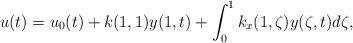
LaTeX: \begin{align*}u(t)=u_0(t)+k(1,1)y(1,t)+\int_0^1k_x(1,\zeta)y(\zeta,t)d\zeta,\end{align*}